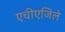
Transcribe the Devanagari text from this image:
एचीएजिले